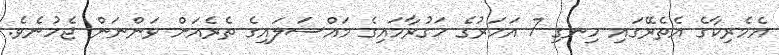
އެމެރިކާގެ އެތެރޭގައި ހިނގި 7 އަހަރުގެ ހަގުރާމައިގެ މައްސަލައިގެ ތެރެއަށް ވަންނަން ޖެހުނެވެ.